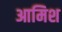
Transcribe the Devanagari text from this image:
आमिश